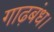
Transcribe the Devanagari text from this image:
गाढ़बंध।